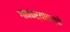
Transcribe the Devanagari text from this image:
गावकऱ्यांतर्फे